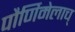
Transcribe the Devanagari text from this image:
पौर्णिमेलाच्